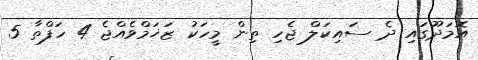
އޮމަދޫގައި ދެ ސައިކަލް ޖެހި ތިން މީހަކު ޒަޚަމްވެއްޖެ 4 ހަފްތާ 5